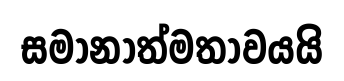
සමානාත්මතාවයයි